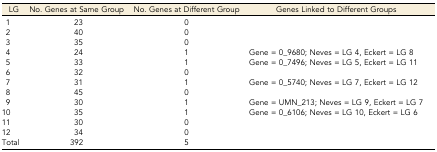
| LG | No. Genes at Same Group | No. Genes at Different Group | Genes Linked to Different Groups |
 | --- | --- | --- | --- |
 | 1 | 23 | 0 |  |
 | 2 | 40 | 0 |  |
 | 3 | 35 | 0 |  |
 | 4 | 24 | 1 | Gene = 0_9680; Neves = LG 4, Eckert = LG 8 |
 | 5 | 33 | 1 | Gene = 0_7496; Neves = LG 5, Eckert = LG 11 |
 | 6 | 32 | 0 |  |
 | 7 | 31 | 1 | Gene = 0_5740; Neves = LG 7, Eckert = LG 12 |
 | 8 | 45 | 0 |  |
 | 9 | 30 | 1 | Gene = UMN_213; Neves = LG 9, Eckert = LG 7 |
 | 10 | 35 | 1 | Gene = 0_6106; Neves = LG 10, Eckert = LG 6 |
 | 11 | 30 | 0 |  |
 | 12 | 34 | 0 |  |
 | Total | 392 | 5 |  |